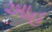
આહ